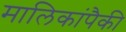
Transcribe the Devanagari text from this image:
मालिकांपैकी